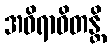
အဝိရာဓိတန္တိ